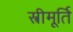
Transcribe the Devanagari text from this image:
स्त्रीमूर्ति